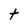
Character: t